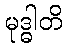
မုဒ္ဓါတိ